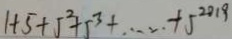
1 + 5 + 5 ^ { 2 } + 5 ^ { 3 } + \cdots + 5 ^ { 2 0 1 9 }